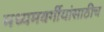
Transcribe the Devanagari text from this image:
मध्यमवर्गीयांसाठीच